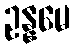
ဥန္နမေ